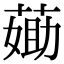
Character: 𦷵